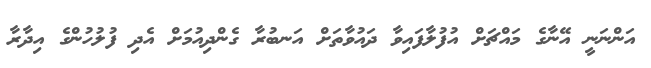
އަންނަނީ އޭނާގެ މައްޗަށް އުފުލާފައިވާ ދައުވާތަށް އަނބުރާ ގެންދިއުމަށް އެދި ފުލުހުންގެ އިދާރާ